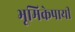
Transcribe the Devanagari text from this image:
भूमिकेपायी